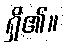
ရှိ၏။